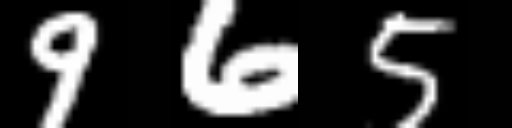
Text: 965